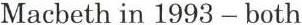
Macbeth in 1993 - both